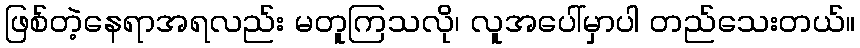
ဖြစ်တဲ့နေရာအရလည်း မတူကြသလို၊ လူအပေါ်မှာပါ တည်သေးတယ်။